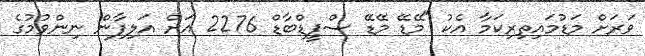
ވަރަށް މަޑުމައިތިރިކަމާ އެކު "މޭޑޭ މޭޑޭ ސްޕީޑްބާޑް 2276 އަށް އަލިފާން ނިންވުމުގެ